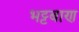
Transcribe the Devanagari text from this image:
भट्टबाण